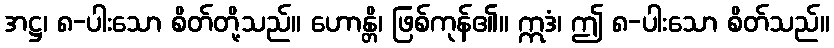
အဋ္ဌ၊ ၈-ပါးသော စိတ်တို့သည်။ ဟောန္တိ၊ ဖြစ်ကုန်၏။ ဣဒံ၊ ဤ ၈-ပါးသော စိတ်သည်။